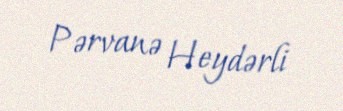
Pərvanə Heydərli